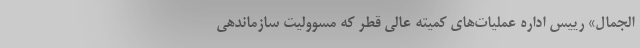
الجمال» رییس اداره عملیات‌های کمیته عالی قطر که مسوولیت سازماندهی